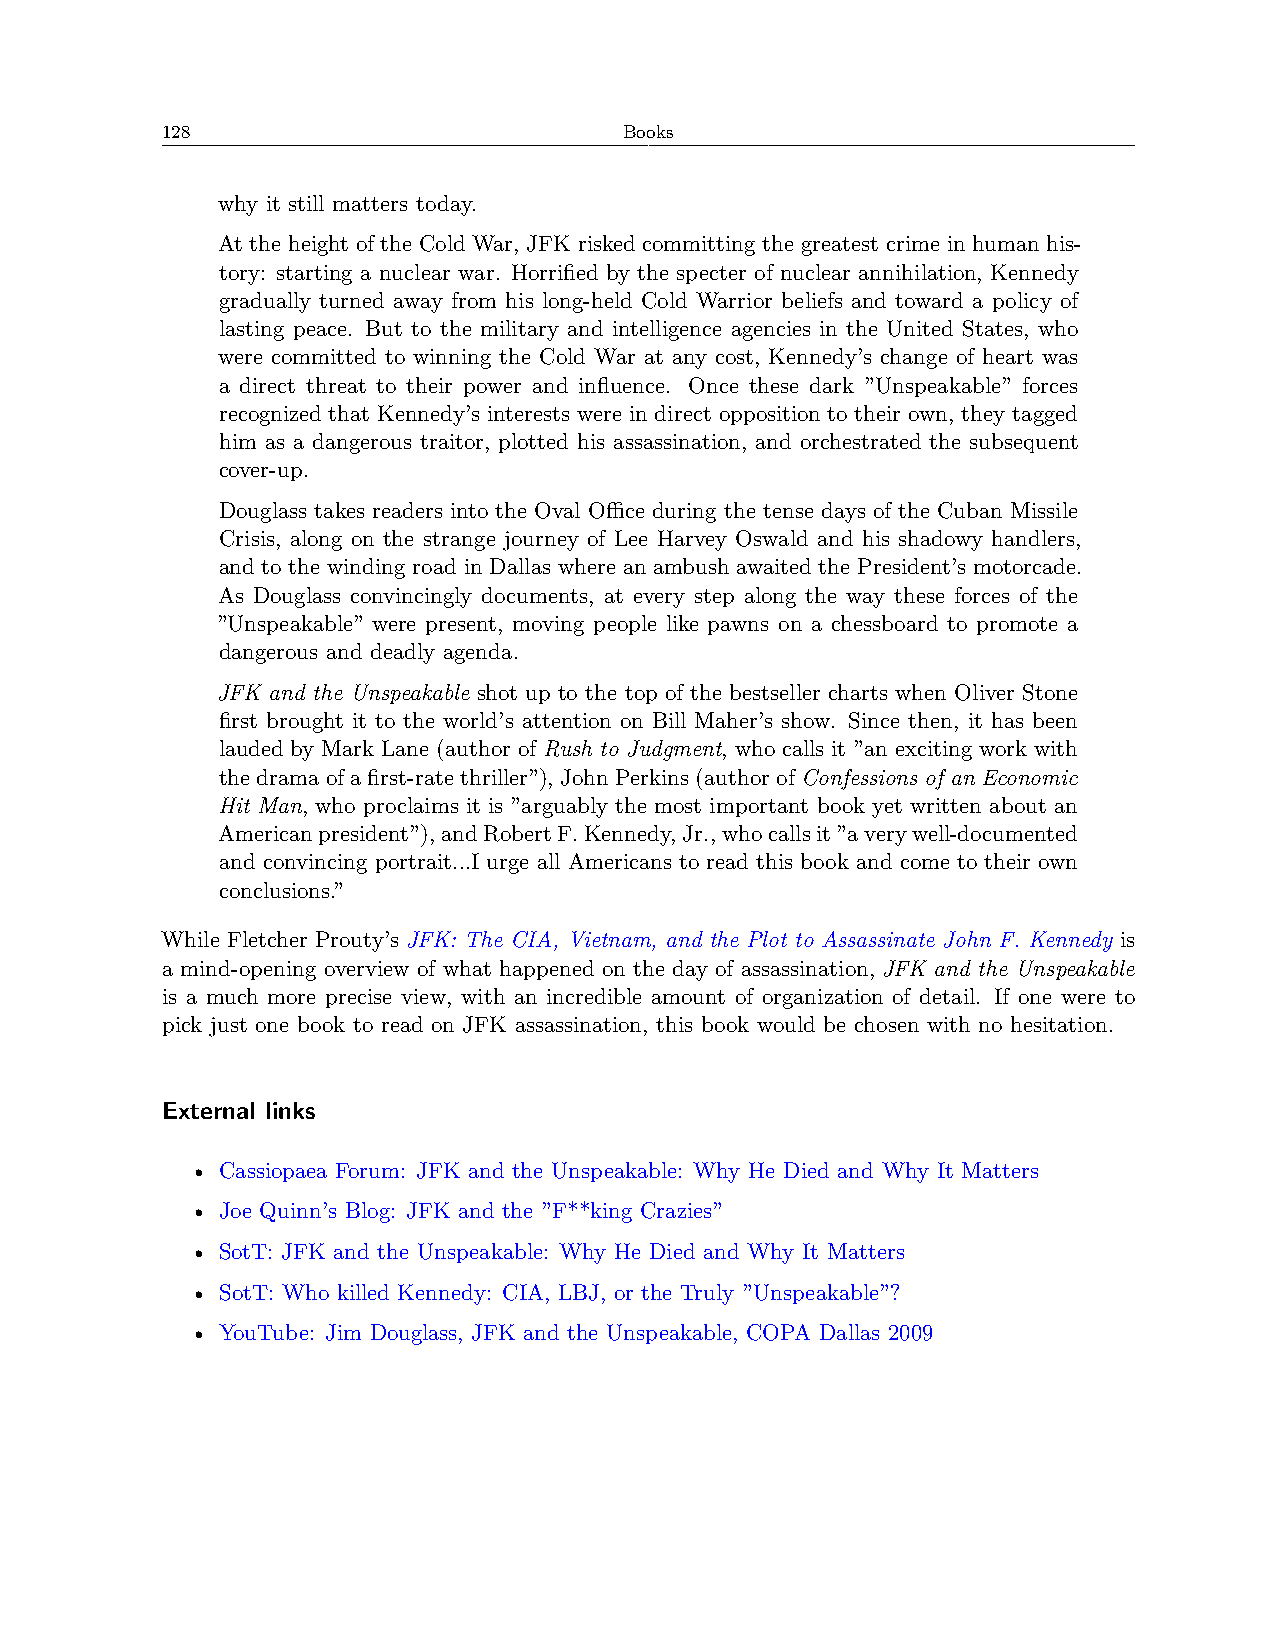
128                           Books
 why it still matters today.
 At the height of the Cold War, JFK risked committing the greatest crime in human his-
 tory: starting a nuclear war. Horrified by the specter of nuclear annihilation, Kennedy
 gradually turned away from his long-held Cold Warrior beliefs and toward a policy of
 lasting peace. But to the military and intelligence agencies in the United States, who
 were committed to winning the Cold War at any cost, Kennedy’s change of heart was
 a direct threat to their power and influence. Once these dark ”Unspeakable” forces
 recognized that Kennedy’s interests were in direct opposition to their own, they tagged
 him as a dangerous traitor, plotted his assassination, and orchestrated the subsequent
 cover-up.
 Douglass takes readers into the Oval Oﬀice during the tense days of the Cuban Missile
 Crisis, along on the strange journey of Lee Harvey Oswald and his shadowy handlers,
 and to the winding road in Dallas where an ambush awaited the President’s motorcade.
 As Douglass convincingly documents, at every step along the way these forces of the
 ”Unspeakable” were present, moving people like pawns on a chessboard to promote a
 dangerous and deadly agenda.
 JFK and the Unspeakable shot up to the top of the bestseller charts when Oliver Stone
 first brought it to the world’s attention on Bill Maher’s show. Since then, it has been
 lauded by Mark Lane (author of Rush to Judgment, who calls it ”an exciting work with
 thedramaofafirst-ratethriller”), JohnPerkins(authorofConfessions of an Economic
 Hit Man, who proclaims it is ”arguably the most important book yet written about an
 Americanpresident”),andRobertF.Kennedy,Jr.,whocallsit”averywell-documented
 and convincing portrait...I urge all Americans to read this book and come to their own
 conclusions.”
 While Fletcher Prouty’s JFK: The CIA, Vietnam, and the Plot to Assassinate John F. Kennedy is
 a mind-opening overview of what happened on the day of assassination, JFK and the Unspeakable
 is a much more precise view, with an incredible amount of organization of detail. If one were to
 pick just one book to read on JFK assassination, this book would be chosen with no hesitation.
 External links
 • Cassiopaea Forum: JFK and the Unspeakable: Why He Died and Why It Matters
 • Joe Quinn’s Blog: JFK and the ”F**king Crazies”
 • SotT: JFK and the Unspeakable: Why He Died and Why It Matters
 • SotT: Who killed Kennedy: CIA, LBJ, or the Truly ”Unspeakable”?
 • YouTube: Jim Douglass, JFK and the Unspeakable, COPA Dallas 2009